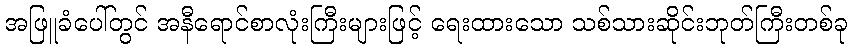
အဖြူခံပေါ်တွင် အနီရောင်စာလုံးကြီးများဖြင့် ရေးထားသော သစ်သားဆိုင်းဘုတ်ကြီးတစ်ခု